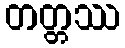
တတ္တဿ